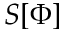
S [ \Phi ]